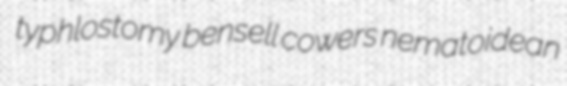
typhlostomy bensell cowers nematoidean